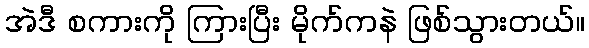
အဲဒီ စကားကို ကြားပြီး မိုက်ကနဲ ဖြစ်သွားတယ်။